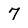
Character: 7